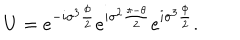
U = e ^ { - i { \sigma } ^ { 3 } \frac { \phi } { 2 } } e ^ { i { \sigma } ^ { 2 } \frac { \pi - \theta } { 2 } } e ^ { i { \sigma } ^ { 3 } \frac { \phi } { 2 } } .